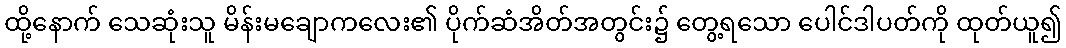
ထို့နောက် သေဆုံးသူ မိန်းမချောကလေး၏ ပိုက်ဆံအိတ်အတွင်း၌ တွေ့ရသော ပေါင်ဒါပတ်ကို ထုတ်ယူ၍